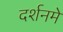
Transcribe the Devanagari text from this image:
दर्शनमे